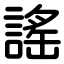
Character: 謠